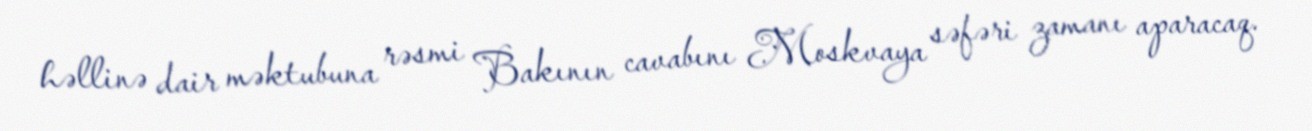
həllinə dair məktubuna rəsmi Bakının cavabını Moskvaya səfəri zamanı aparacaq.